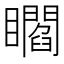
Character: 𥌸